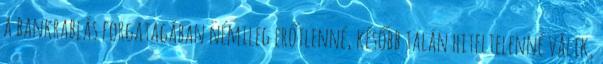
a bankrablás forgatagában némileg erőtlenné, később talán hiteltelenné válik,